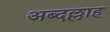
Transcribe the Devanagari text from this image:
अब्दल्लाह